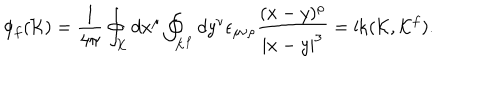
\phi _ { f } ( { \cal K } ) = { \frac { 1 } { 4 \pi } } \oint _ { \cal K } d x ^ { \mu } \oint _ { { \cal K } ^ { f } } d y ^ { \nu } \epsilon _ { \mu \nu \rho } { \frac { ( x - y ) ^ { \rho } } { | x - y | ^ { 3 } } } = \mathrm { l k } ( { \cal K } , { \cal K } ^ { f } ) .